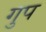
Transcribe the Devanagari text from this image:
गुप